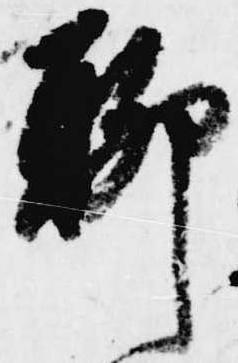
聊